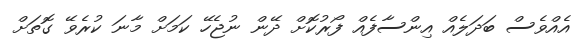
އެއްވެސް ބަދަލެއް އިންސާފެއް ފޯރުކޮށް ދޭން ނުޖެހޭ ކަމަށް މާނަ ކުރެވޭ ގޮތަށް